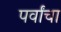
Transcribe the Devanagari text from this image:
पर्वांचा